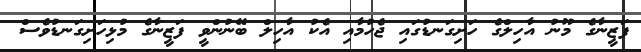
ފަޒީނާގެ މޫނު އާހިލްގެ ހަށިގަނޑުގައި ޖެހުމާއި އެކު އާހިލް ބޭނުންވީ ފަޒީނާގެ މުޅިހަށިގަނޑުވެސް